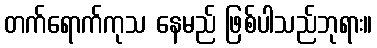
တက်ရောက်ကုသ နေမည် ဖြစ်ပါသည်ဘုရား။